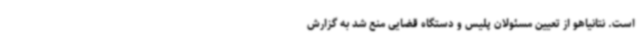
است. نتانیاهو از تعیین مسئولان پلیس و دستگاه قضایی منع شد به گزارش